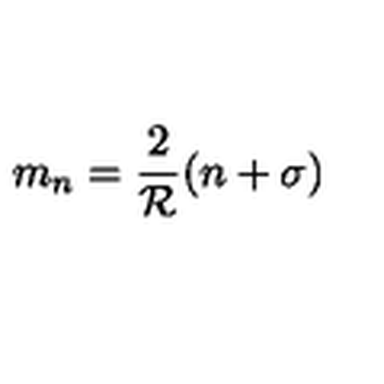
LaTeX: m _ { n } = \frac { 2 } { { \cal R } } ( n + \sigma )